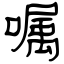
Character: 嘱